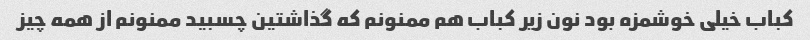
کباب خیلی خوشمزه بود نون زیر کباب هم ممنونم که گذاشتین چسبید ممنونم از همه چیز